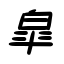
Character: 皐